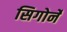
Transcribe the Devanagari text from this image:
सिगोर्ने